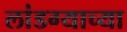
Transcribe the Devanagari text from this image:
लांडग्याच्या